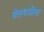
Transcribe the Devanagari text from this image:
बेलधडीला